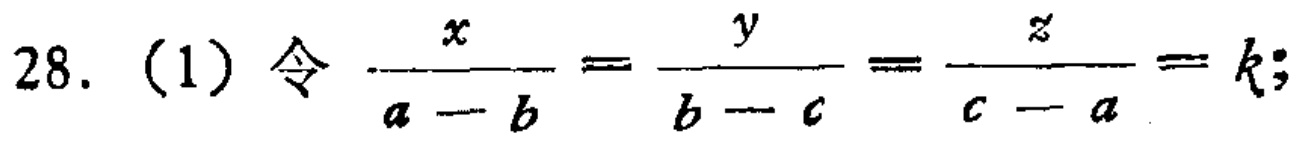
28.（1）令 \(\frac{x}{a - b}=\frac{y}{b - c}=\frac{z}{c - a}=k\)；